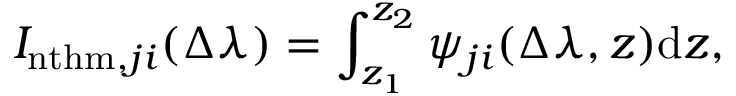
I _ { \mathrm { n t h m } , j i } ( \Delta \lambda ) = \int _ { z _ { 1 } } ^ { z _ { 2 } } \psi _ { j i } ( \Delta \lambda , z ) \mathrm { d } z ,